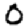
Digit: 0